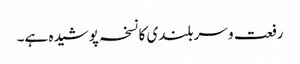
رفعت و سربلندی کا نسخہ پوشیدہ ہے۔